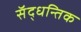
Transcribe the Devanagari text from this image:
सॅद्धन्तिक